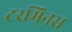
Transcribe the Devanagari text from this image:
टरमिनस